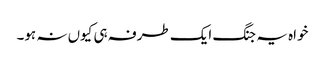
خواہ یہ جنگ ایک طرفہ ہی کیوں نہ ہو۔